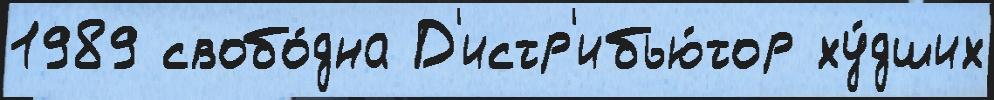
1989 свобо́дна Д'истр'ибью́тор ху́дших